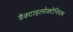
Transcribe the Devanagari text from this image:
डैक्टाइलोक्टेनियम